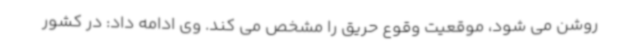
روشن می شود، موقعیت وقوع حریق را مشخص می کند. وی ادامه داد: در کشور